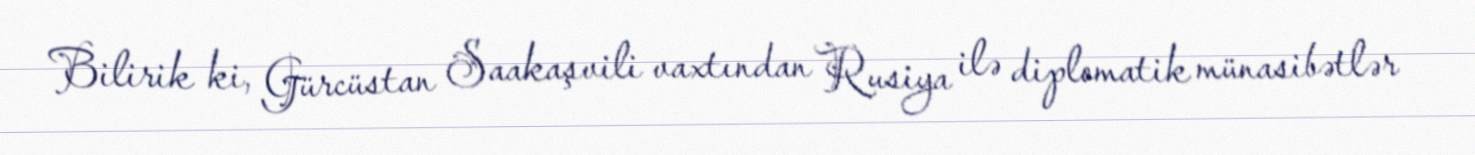
Bilirik ki, Gürcüstan Saakaşvili vaxtından Rusiya ilə diplomatik münasibətlər